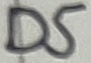
Text: D5